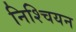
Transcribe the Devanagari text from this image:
निश्चियन